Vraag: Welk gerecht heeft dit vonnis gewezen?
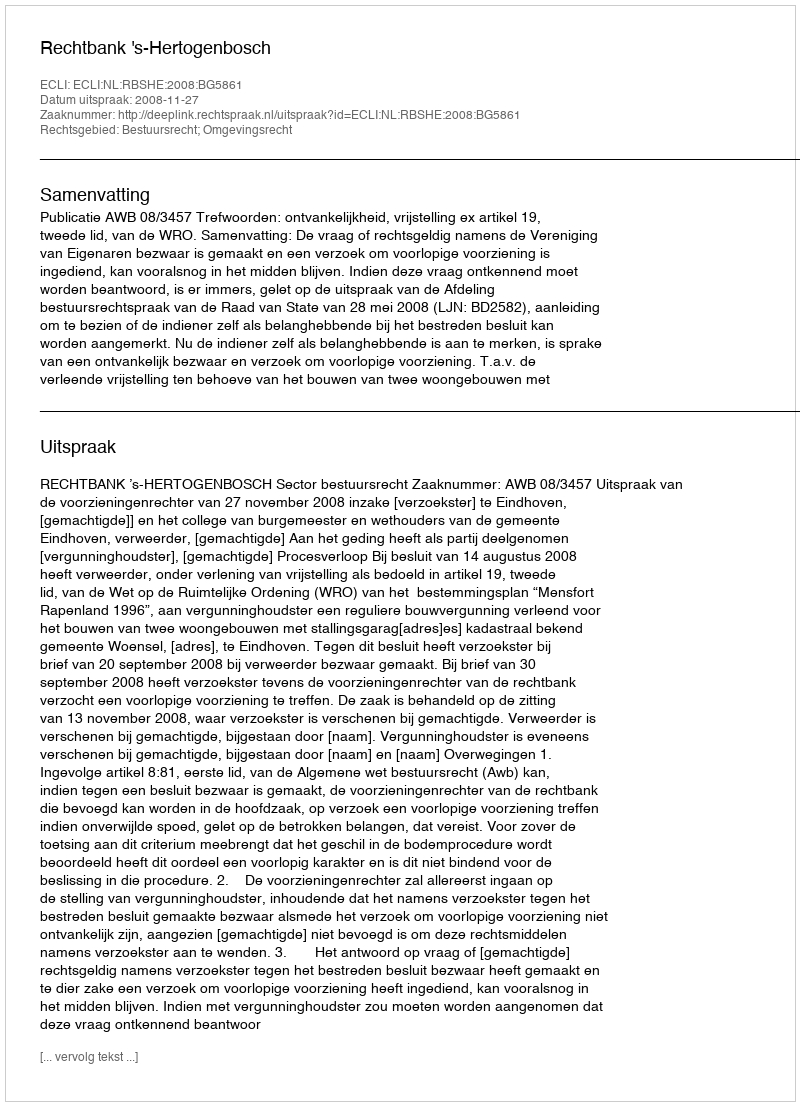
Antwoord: Rechtbank 's-Hertogenbosch